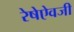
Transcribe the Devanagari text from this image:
रेषेऐवजी